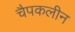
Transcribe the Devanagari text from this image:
चैपकलीन